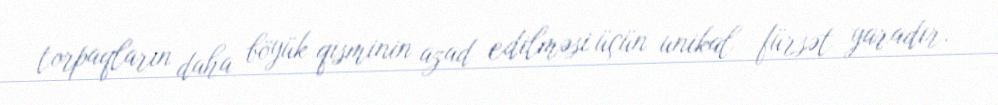
torpaqların daha böyük qisminin azad edilməsi üçün unikal fürsət yaradır.